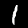
Label: 1